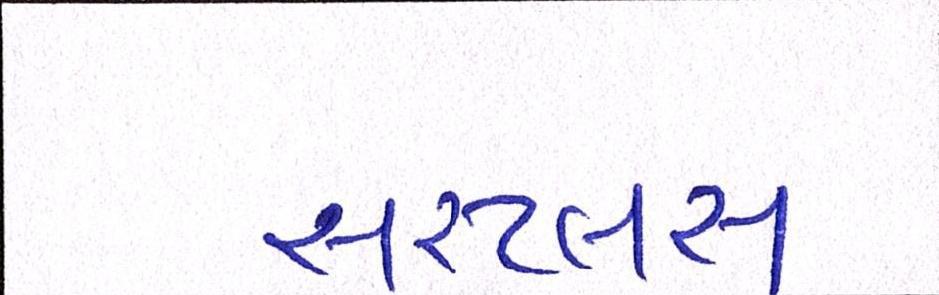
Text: સરપ્લસ